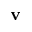
\mathbf { v }